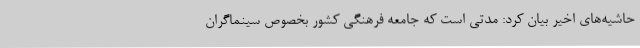
حاشیه‌های اخیر بیان کرد: مدتی است که جامعه فرهنگی کشور بخصوص سینماگران